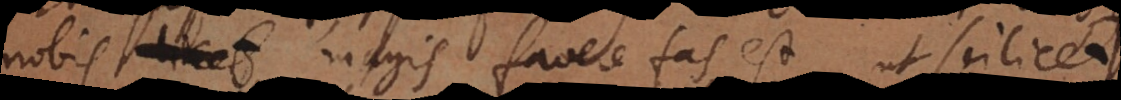
bis magis favere fas est, ut scilicet